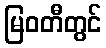
မြဝတီတွင်